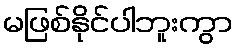
မဖြစ်နိုင်ပါဘူးကွာ